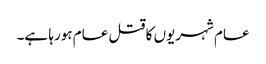
عام شہریوں کا قتل عام ہورہا ہے۔